Senior Leaving Certificate Examination (including Day School Certificate (Higher) General paper), 1950
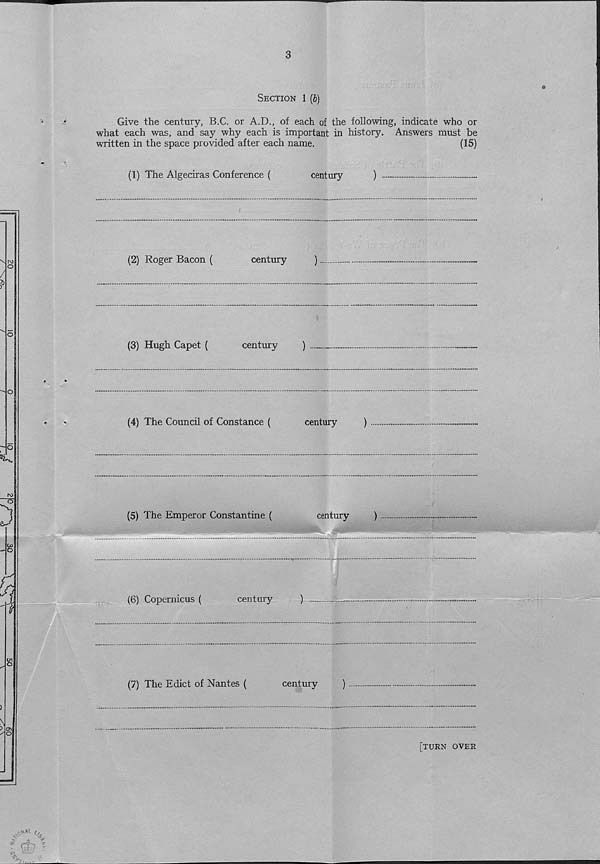
Section 1 (b)
Give the century, B.C. or A.D., of each of the following, indicate who or
what each was, and say why each is important in history. Answers must be
written in the space provided after each name.
(15)
(1) The Algeciras Conference (
century
)
(2) Roger Bacon (
century
)
(3) Hugh Capet (
century
)
(4) The Council of Constance (
century
)
(5) The Emperor Constantine (
century
)
(6) Copernicus (
century
)
(7) The Edict of Nantes (
century
)
[turn over